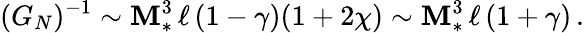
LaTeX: (G_{N})^{-1}\sim\mathbf{M}_{*}^{3}\, \ell\, (1-\gamma)(1+2\chi)\sim\mathbf{M}_{*}^{3}\, \ell\, (1+\gamma)\, .